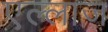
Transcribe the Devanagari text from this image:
एल्लाज